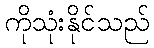
ကိုသုံးနိုင်သည်